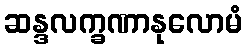
ဆန္ဒလက္ခဏာနုလောမံ